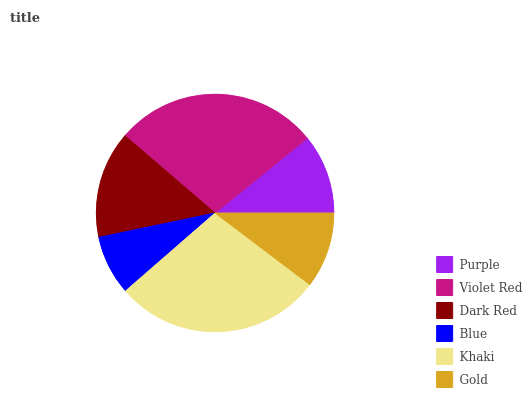
| Purple | Violet Red | Dark Red | Blue | Khaki | Gold |
 | --- | --- | --- | --- | --- | --- |
 | 10.8% | 27.9% | 14.6% | 8.12% | 28.3% | 10.3% |